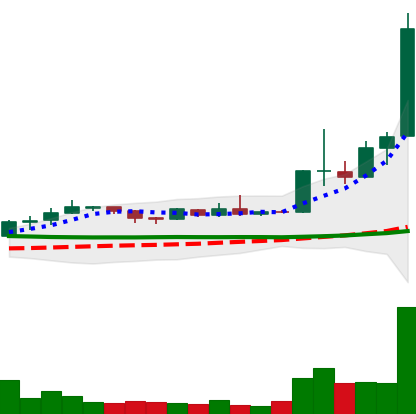
Ticker: ETC-USD
Chart end date: 2019-04-07
Forward return: -16.944%
Label: down_7plus